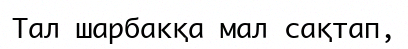
Тал шарбакқа мал сақтап,